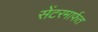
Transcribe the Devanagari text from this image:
सेंटरमार्फत